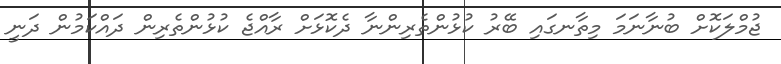
ޖުމްލަކޮށް ބުނާނަމަ މިތާނގައި ބޭރު ކުޅުންތެރިންނާ ދެކޮޅަށް ރާއްޖެ ކުޅުންތެރިން ދައްކަމުން ދަނީ